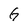
Character: G